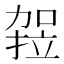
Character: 𭄻